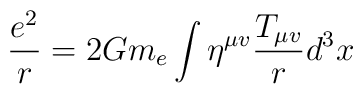
\frac{e^2}{r} = 2Gm_e \int \eta^{\mu v}\frac{T_{\mu v}}{r}d^3x